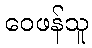
ဝေဖန်သူ